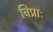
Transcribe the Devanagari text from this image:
विप्राः